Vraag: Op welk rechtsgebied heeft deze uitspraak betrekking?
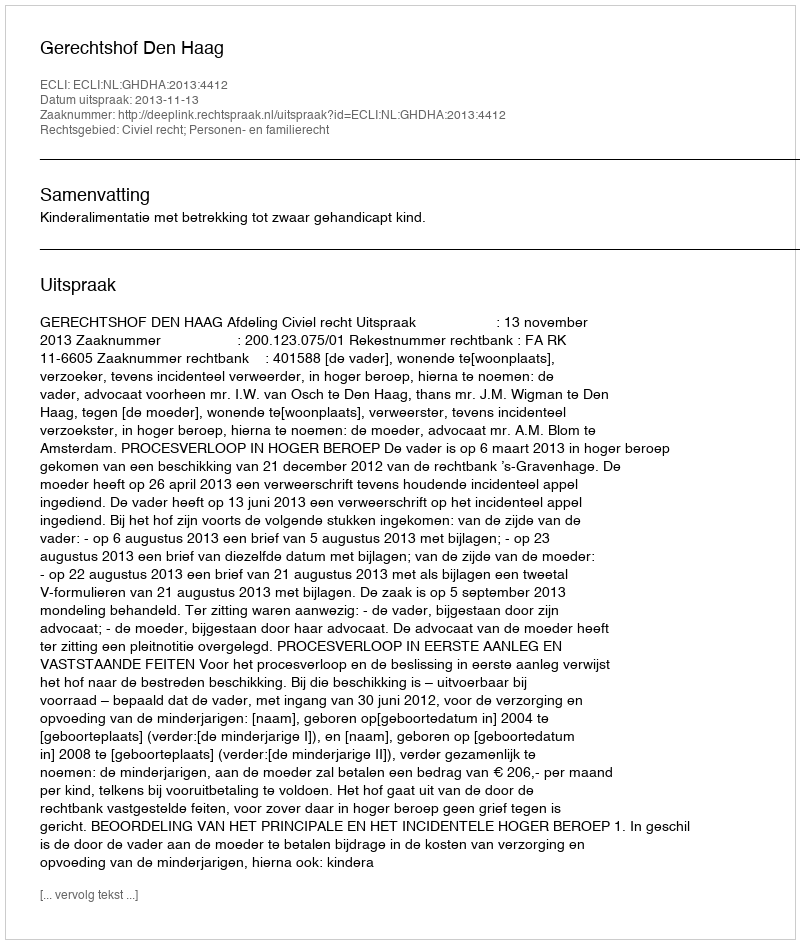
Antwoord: Civiel recht; Personen- en familierecht